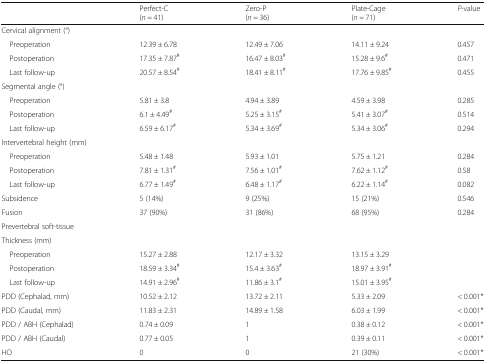
<table><thead><tr><td></td><td><b>Perfect-C(<i>n</i> = 41)</b></td><td><b>Zero-P(<i>n</i> = 36)</b></td><td><b>Plate-Cage(<i>n</i> = 71)</b></td><td><b><i>P</i>-value</b></td></tr></thead><tbody><tr><td colspan="5">Cervical alignment (°)</td></tr><tr><td> Preoperation</td><td>12.39 ± 6.78</td><td>12.49 ± 7.06</td><td>14.11 ± 9.24</td><td>0.457</td></tr><tr><td> Postoperation</td><td>17.35 ± 7.87<sup>#</sup></td><td>16.47 ± 8.03<sup>#</sup></td><td>15.28 ± 9.6<sup>#</sup></td><td>0.471</td></tr><tr><td> Last follow-up</td><td>20.57 ± 8.54<sup>#</sup></td><td>18.41 ± 8.11<sup>#</sup></td><td>17.76 ± 9.85<sup>#</sup></td><td>0.455</td></tr><tr><td colspan="5">Segmental angle (°)</td></tr><tr><td> Preoperation</td><td>5.81 ± 3.8</td><td>4.94 ± 3.89</td><td>4.59 ± 3.98</td><td>0.285</td></tr><tr><td> Postoperation</td><td>6.1 ± 4.49<sup>#</sup></td><td>5.25 ± 3.15<sup>#</sup></td><td>5.41 ± 3.07<sup>#</sup></td><td>0.514</td></tr><tr><td> Last follow-up</td><td>6.59 ± 6.17<sup>#</sup></td><td>5.34 ± 3.69<sup>#</sup></td><td>5.34 ± 3.06<sup>#</sup></td><td>0.294</td></tr><tr><td colspan="5">Intervertebral height (mm)</td></tr><tr><td> Preoperation</td><td>5.48 ± 1.48</td><td>5.93 ± 1.01</td><td>5.75 ± 1.21</td><td>0.284</td></tr><tr><td> Postoperation</td><td>7.81 ± 1.31<sup>#</sup></td><td>7.56 ± 1.01<sup>#</sup></td><td>7.62 ± 1.12<sup>#</sup></td><td>0.58</td></tr><tr><td> Last follow-up</td><td>6.77 ± 1.49<sup>#</sup></td><td>6.48 ± 1.17<sup>#</sup></td><td>6.22 ± 1.14<sup>#</sup></td><td>0.082</td></tr><tr><td>Subsidence</td><td>5 (14%)</td><td>9 (25%)</td><td>15 (21%)</td><td>0.546</td></tr><tr><td>Fusion</td><td>37 (90%)</td><td>31 (86%)</td><td>68 (95%)</td><td>0.284</td></tr><tr><td colspan="5">Prevertebral soft-tissue</td></tr><tr><td>Thickness (mm)</td><td></td><td></td><td></td><td></td></tr><tr><td> Preoperation</td><td>15.27 ± 2.88</td><td>12.17 ± 3.32</td><td>13.15 ± 3.29</td><td></td></tr><tr><td> Postoperation</td><td>18.59 ± 3.34<sup>#</sup></td><td>15.4 ± 3.63<sup>#</sup></td><td>18.97 ± 3.91<sup>#</sup></td><td></td></tr><tr><td> Last follow-up</td><td>14.91 ± 2.96<sup>#</sup></td><td>11.86 ± 3.1<sup>#</sup></td><td>15.01 ± 3.95<sup>#</sup></td><td></td></tr><tr><td>PDD (Cephalad, mm)</td><td>10.52 ± 2.12</td><td>13.72 ± 2.11</td><td>5.33 ± 2.09</td><td>&lt; 0.001*</td></tr><tr><td>PDD (Caudal, mm)</td><td>11.83 ± 2.31</td><td>14.89 ± 1.58</td><td>6.03 ± 1.99</td><td>&lt; 0.001*</td></tr><tr><td>PDD / ABH (Cephalad)</td><td>0.74 ± 0.09</td><td>1</td><td>0.38 ± 0.12</td><td>&lt; 0.001*</td></tr><tr><td>PDD / ABH (Caudal)</td><td>0.77 ± 0.05</td><td>1</td><td>0.39 ± 0.11</td><td>&lt; 0.001*</td></tr><tr><td>HO</td><td>0</td><td>0</td><td>21 (30%)</td><td>&lt; 0.001*</td></tr></tbody></table>